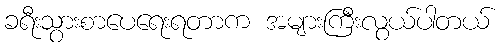
ခရီးသွားစာပေရေးရတာက အများကြီးလွယ်ပါတယ်